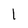
Character: I